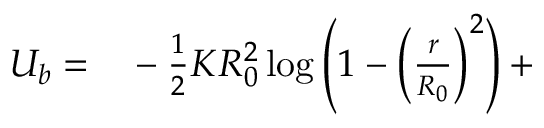
\begin{array} { r l } { U _ { b } = } & { { } - \frac { 1 } { 2 } K R _ { 0 } ^ { 2 } \log \left( 1 - \left( \frac { r } { R _ { 0 } } \right) ^ { 2 } \right) + } \end{array}